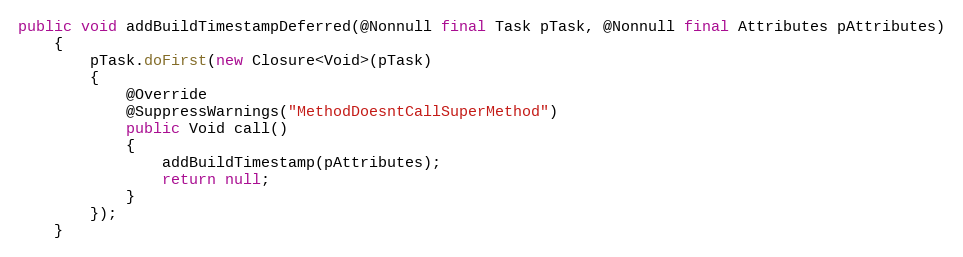
Language: Java
public void addBuildTimestampDeferred(@Nonnull final Task pTask, @Nonnull final Attributes pAttributes)
    {
        pTask.doFirst(new Closure<Void>(pTask)
        {
            @Override
            @SuppressWarnings("MethodDoesntCallSuperMethod")
            public Void call()
            {
                addBuildTimestamp(pAttributes);
                return null;
            }
        });
    }